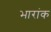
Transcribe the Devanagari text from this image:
भारांक